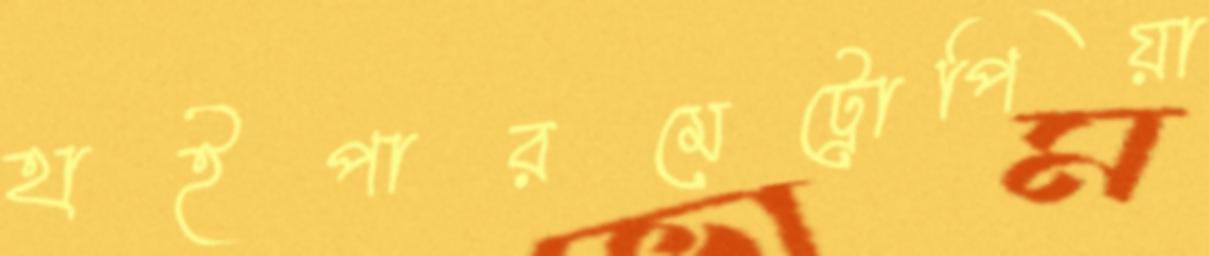
হাইপারমেট্রোপিয়া